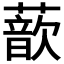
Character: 𫉮